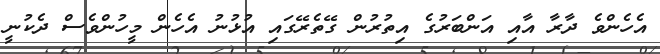
އެހެންވެ ދާރާ އާއި އަންބަރުގެ އިތުރުން ގޭތެރޭގައި އުޅުނު އެހެން މީހުންވެސް ދެކުނީ